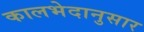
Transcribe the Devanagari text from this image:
कालभेदानुसार